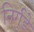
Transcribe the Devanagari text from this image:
निर्गुडे